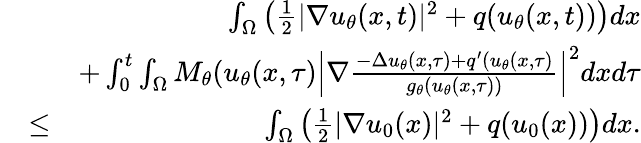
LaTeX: \begin{array}{rlr}&{}&{\int_{\Omega}\left(\frac{1}{2}|\nabla u_{\theta}(x,t)|^{2}+q(u_{\theta}(x,t))\right)dx}\\ &{}&{+\int_{0}^{t}\int_{\Omega}M_{\theta}(u_{\theta}(x,\tau)\left|\nabla\frac{-\Delta u_{\theta}(x,\tau)+q^{\prime}(u_{\theta}(x,\tau)}{g_{\theta}(u_{\theta}(x,\tau))}\right|^{2}dxd\tau}\\ &{\leq}&{\int_{\Omega}\left(\frac{1}{2}|\nabla u_{0}(x)|^{2}+q(u_{0}(x))\right)dx.}\end{array}